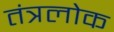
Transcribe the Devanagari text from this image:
तंत्रलोक